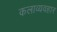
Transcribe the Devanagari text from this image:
कलाव्यवहार